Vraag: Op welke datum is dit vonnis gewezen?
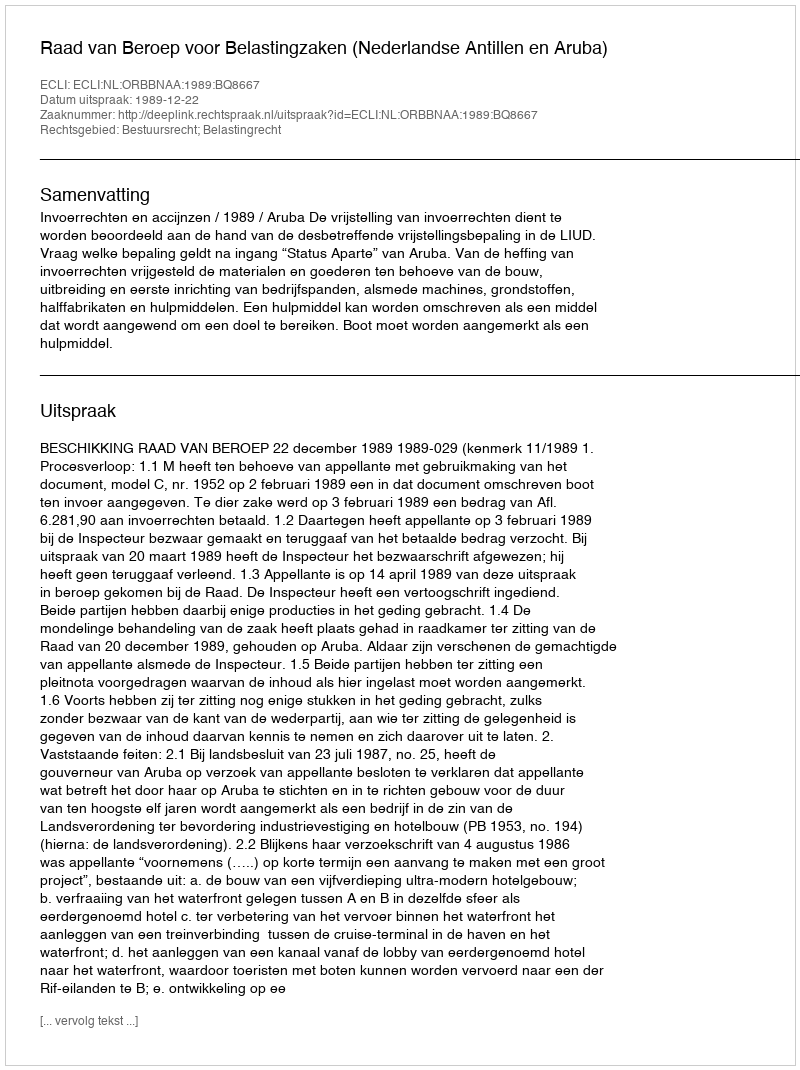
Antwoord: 1989-12-22